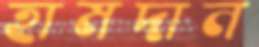
হামদান